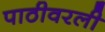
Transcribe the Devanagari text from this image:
पाठीवरली